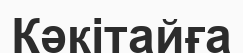
Кәкітайға